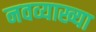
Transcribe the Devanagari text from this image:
नवव्याख्या